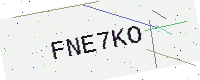
Text: FNE7KO